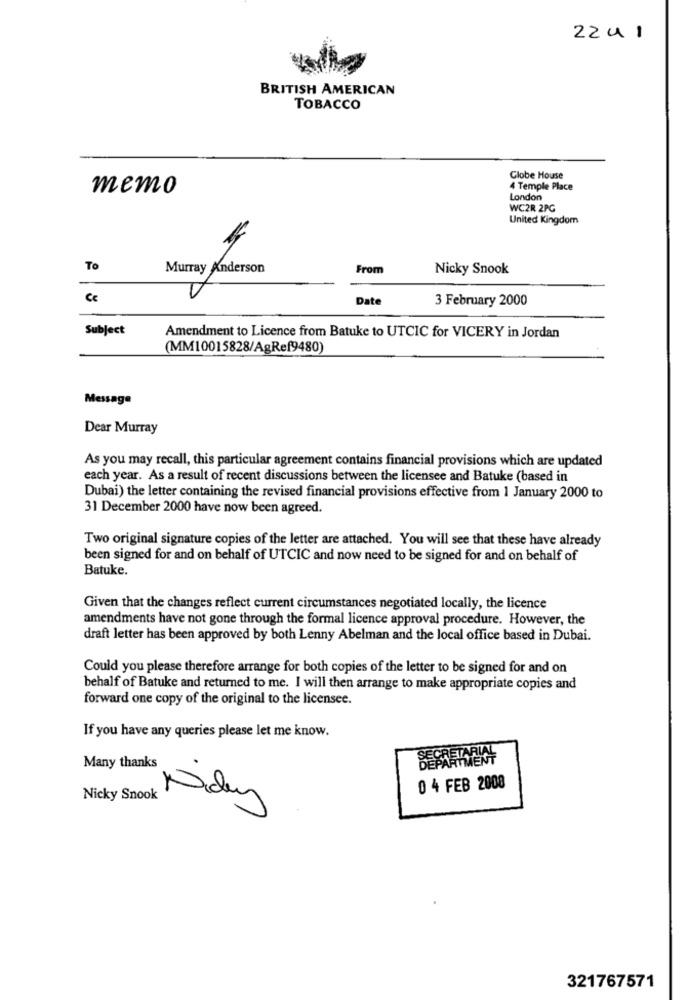
2241
BRITISH AMERICAN
TOBACCO
Globe House
memo
4 Temple Place
London
WC2R 2PG
United Kingdom
To
Murray Anderson
From
Nicky Snook
Ce
Date
3 February 2000
Subject
Amendment to Licence from Batuke to UTCIC for VICERY in Jordan
(MM10015828/AgRef9480)
Message
Dear Murray
As you may recall, this particular agreement contains financial provisions which are updated
each year. As a result of recent discussions between the licensee and Batuke (based in
Dubai) the letter containing the revised financial provisions effective from 1 January 2000 to
31 December 2000 have now been agreed.
Two original signature copies of the letter are attached. You will see that these have already
been signed for and on behalf of UTCIC and now need to be signed for and on behalf of
Batuke.
Given that the changes reflect current circumstances negotiated locally, the licence
amendments have not gone through the formal licence approval procedure. However, the
draft letter has been approved by both Lenny Abelman and the local office based in Dubai.
Could you please therefore arrange for both copies of the letter to be signed for and on
behalf of Batuke and returned to me. I will then arrange to make appropriate copies and
forward one copy of the original to the licensee.
If you have any queries please let me know.
Many thanks
0 4 FEB 2008
Nicky Snook
Niduy
321767571